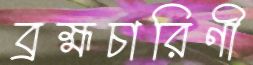
ব্রহ্মচারিণী